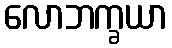
လောဘက္ခယာ